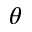
\theta